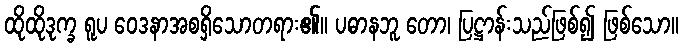
ထိုထိုဒုက္ခ ရူပ ဝေဒနာအစရှိသောတရား၏။ ပဓာနဘူ တော၊ ပြဋ္ဌာန်းသည်ဖြစ်၍ ဖြစ်သော။